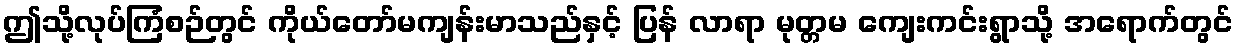
ဤသို့လုပ်ကြံစဉ်တွင် ကိုယ်တော်မကျန်းမာသည်နှင့် ပြန် လာရာ မုတ္တမ ကျေးကင်းရွာသို့ အရောက်တွင်